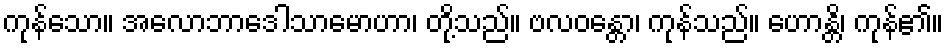
ကုန်သော။ အလောဘာဒေါသာမောဟာ၊ တို့သည်။ ဗလဝန္တော၊ ကုန်သည်။ ဟောန္တိ၊ ကုန်၏။